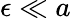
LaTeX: \epsilon\ll a